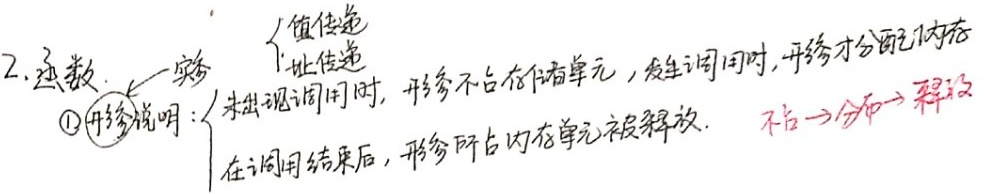
2. 函数
\begin{cases}
\text{实参}\\
\text{形参说明：}
\begin{cases}
\text{未出现调用时，形参不占存储单元，发生调用时，开始分配内存}\\
\text{在调用结束后，形参所占内存单元被释放. 不占}\to\text{分配}\to\text{释放}
\end{cases}\\
\begin{cases}
\text{值传递}\\
\text{址传递}
\end{cases}
\end{cases}